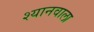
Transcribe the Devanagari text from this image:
श्यानवाला